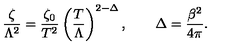
\frac \zeta { \Lambda ^ { 2 } } = \frac { \zeta _ { 0 } } { T ^ { 2 } } \left( \frac T \Lambda \right) ^ { 2 - \Delta } , \qquad \Delta = \frac { \beta ^ { 2 } } { 4 \pi } .